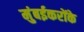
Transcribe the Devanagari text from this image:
मुंबईकरोंके